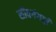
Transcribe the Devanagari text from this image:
सीवगंगाई